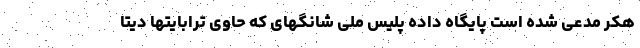
هکر مدعی شده است پایگاه داده پلیس ملی شانگهای که حاوی ترابایتها دیتا